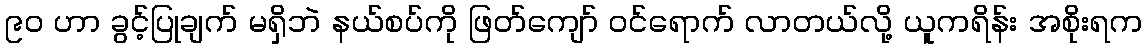
၉ဝ ဟာ ခွင့်ပြုချက် မရှိဘဲ နယ်စပ်ကို ဖြတ်ကျော် ဝင်ရောက် လာတယ်လို့ ယူကရိန်း အစိုးရက